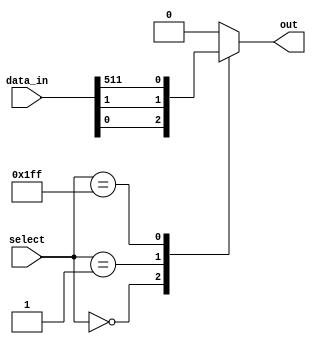
module multiplexer_512to1 (
    input [511:0] data_in,
    input [8:0] select,
    output reg out
);

always @(*) begin
    case(select)
        9'b000000000: out = data_in[0];
        9'b000000001: out = data_in[1];
        // More cases for all possible select combinations
        9'b111111111: out = data_in[511];
        default: out = 0; // Default output value
    endcase
end

endmodule